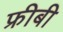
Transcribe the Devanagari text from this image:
फ्रीबी